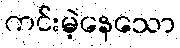
ကင်းမဲ့နေသော